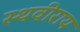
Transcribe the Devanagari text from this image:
स्थवीराय